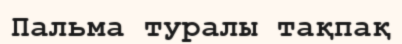
Пальма туралы тақпақ